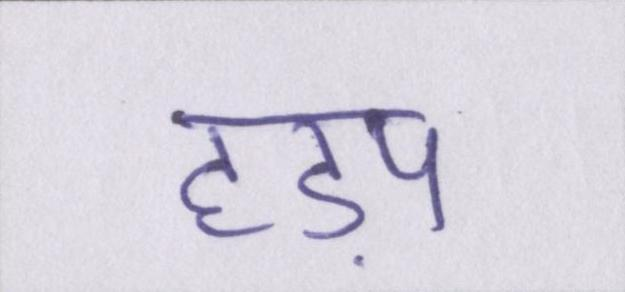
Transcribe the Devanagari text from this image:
हड़प